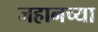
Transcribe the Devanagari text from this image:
जहानच्या